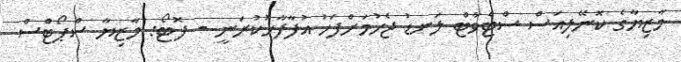
މާޒިޔާގެ ކޮނޭލިއަސް ސްޓެވާޓް ލަނޑު ޖެހުމަށްފަހު އުފާފާޅުކުރަނީ - ފޮޓޯ: މާޒިޔާ ސްޕޯޓްސް